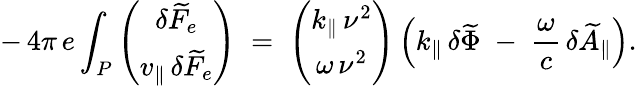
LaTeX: -\, 4\pi\, e\int_{P}\left(\begin{array}{c}{\delta\widetilde{F}_{e}}\\ {v_{\| }\, \delta\widetilde{F}_{e}}\end{array}\right)\; =\; \left(\begin{array}{c}{k_{\| }\, \nu^{2}}\\ {\omega\, \nu^{2}}\end{array}\right)\left(k_{\| }\, \delta\widetilde{\Phi}\; -\; \frac{\omega}{c}\, \delta\widetilde{A}_{\| }\right).